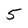
Character: 5